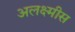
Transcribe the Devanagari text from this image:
अलक्ष्मीस